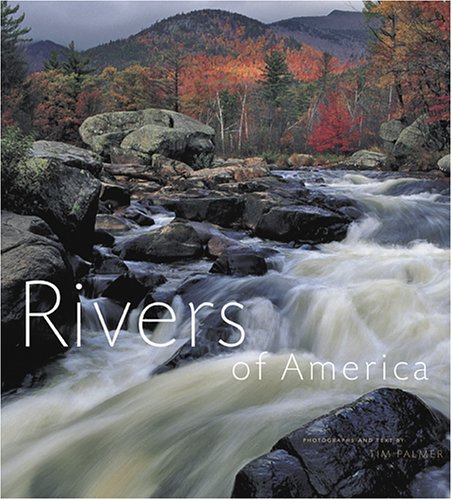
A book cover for Rivers of America; Tim Palmer; Travel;